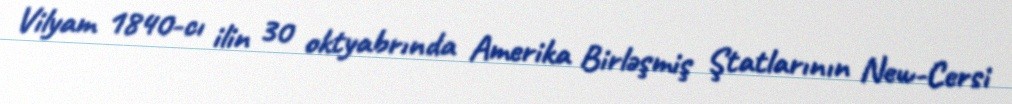
Vilyam 1840-cı ilin 30 oktyabrında Amerika Birləşmiş Ştatlarının New-Cersi